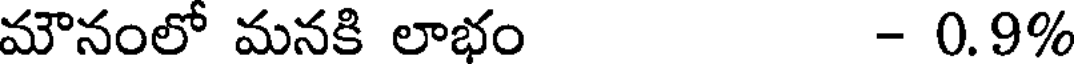
మౌనంలో మనకి లాభం - 0.9%